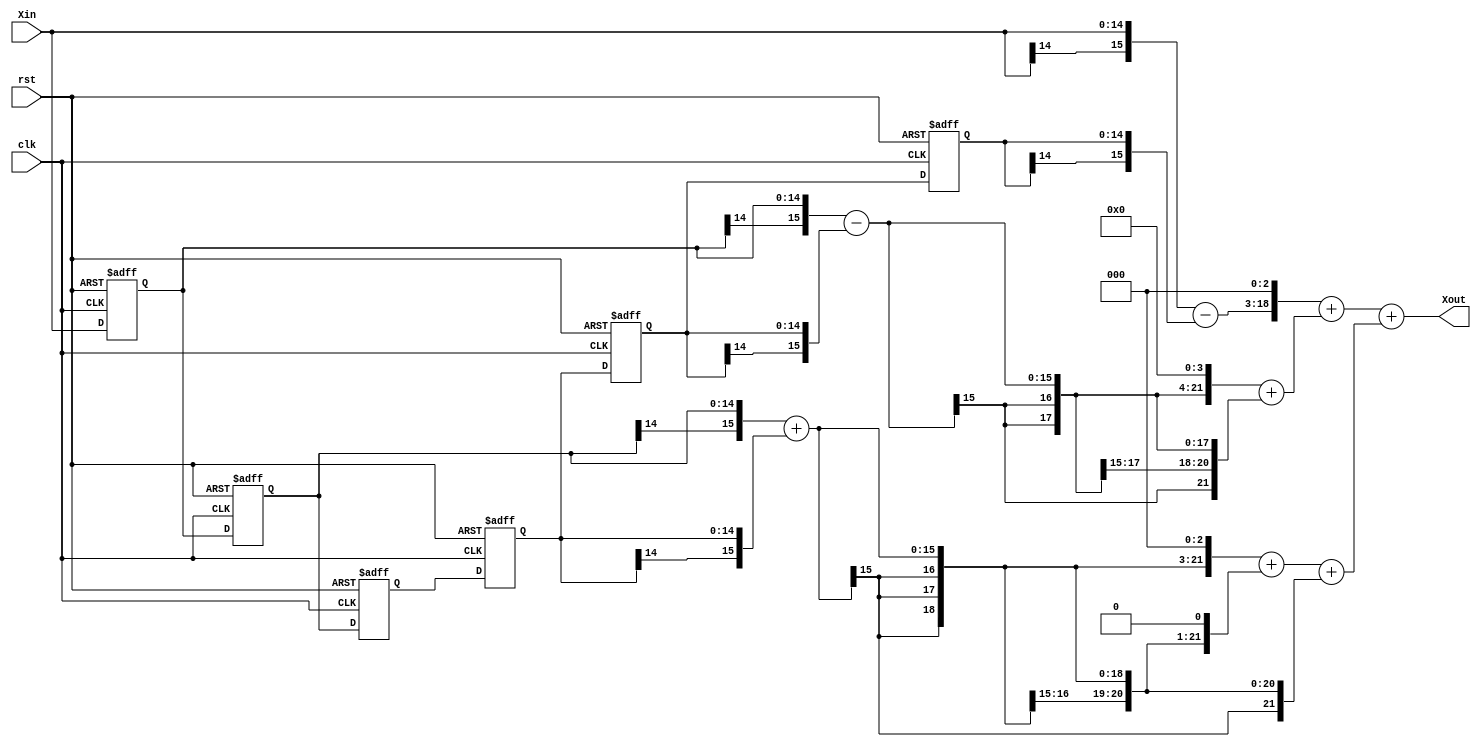
//ZeroParallel.v
module ZeroParallel (
	rst,clk,Xin,
	Xout);
	
	input		rst;   //
	input		clk;   //FPGA
	input	 signed [14:0]	Xin;  //
	output signed [21:0]	Xout; //


	//Xin_Reg
	reg signed[14:0] Xin_Reg[5:0];
	reg [3:0] i,j; 
	always @(posedge clk or posedge rst)
		if (rst)
			//0
			begin 
				for (i=0; i<6; i=i+1)
					Xin_Reg[i]=14'd0;
			end
		else
			begin
				for (j=0; j<5; j=j+1)
					Xin_Reg[j+1] <= Xin_Reg[j];
				Xin_Reg[0] <= Xin;
			end
			
	//
	wire signed [15:0] Add_Reg[2:0];
	assign Add_Reg[0]={Xin[14],Xin} - {Xin_Reg[5][14],Xin_Reg[5]};
	assign Add_Reg[1]={Xin_Reg[0][14],Xin_Reg[0]} - {Xin_Reg[4][14],Xin_Reg[4]};
	assign Add_Reg[2]={Xin_Reg[1][14],Xin_Reg[1]} + {Xin_Reg[3][14],Xin_Reg[3]};
	
	//
	wire signed [21:0] Mult_Reg[2:0];
	assign Mult_Reg[0]={{3{Add_Reg[0][15]}},Add_Reg[0],3'd0};       //*8
	assign Mult_Reg[1]={{2{Add_Reg[1][15]}},Add_Reg[1],4'd0} + {{6{Add_Reg[1][15]}},Add_Reg[1]};       //*17
	assign Mult_Reg[2]={{3{Add_Reg[2][15]}},Add_Reg[2],3'd0} + {{5{Add_Reg[2][15]}},Add_Reg[2],1'd0} + {{6{Add_Reg[2][15]}},Add_Reg[2]};  //*11

	//
	assign Xout = Mult_Reg[0] + Mult_Reg[1] + Mult_Reg[2];
	
endmodule